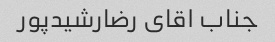
جناب اقای رضارشیدپور